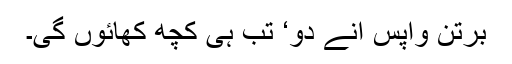
برتن واپس آنے دو‘ تب ہی کچھ کھائوں گی۔